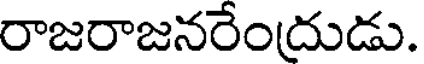
రాజరాజనరేందుడు.